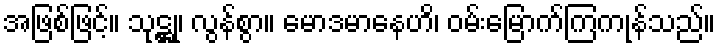
အဖြစ်ဖြင့်။ သုဋ္ဌု၊ လွန်စွာ။ မောဒမာနေဟိ၊ ဝမ်းမြောက်ကြကုန်သည်။